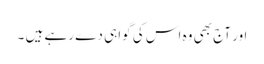
اور آج بھی وہ اس کی گواہی دے رہے ہیں ۔